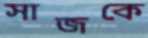
সাজকে